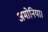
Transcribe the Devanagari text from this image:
अमोनिया।